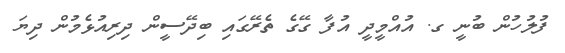
ފުލުހުން ބުނީ ގ. އުއްމީދީ އުފާ ގޭގެ ތެރޭގައި ބިދޭސީން ދިރިއުޅެމުން ދިޔަ